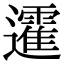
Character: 𨘾